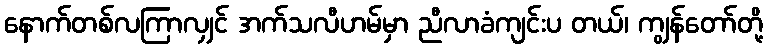
နောက်တစ်လကြာလျှင် အက်သလီဟမ်မှာ ညီလာခံကျင်းပ တယ်၊ ကျွန်တော်တို့